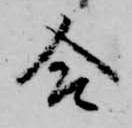
合